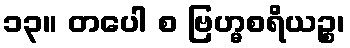
၁၃။ တပေါ စ ဗြဟ္မစရိယဉ္စ၊